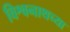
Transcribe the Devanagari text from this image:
विश्वनाथच्या